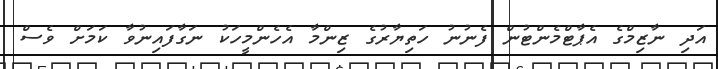
އަދި ނާޒިމްގެ އެޕާޓްމެންޓުން ފެނުނު ހަތިޔާރުގެ ޒިންމާ އެހެންމީހަކު ނަގާފައިނުވާ ކަމަށް ވެސް